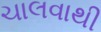
ચાલવાથી